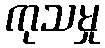
ကုသမှု